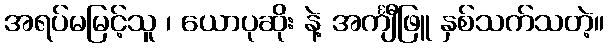
အရပ်မမြင့်သူ ၊ ယောပုဆိုး နဲ့ အင်္ကျီဖြူ နှစ်သက်သတဲ့။